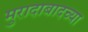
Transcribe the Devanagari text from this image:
मुरादाबादच्या